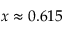
x \approx 0 . 6 1 5